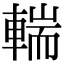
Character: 輲